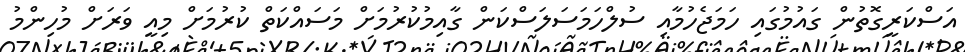
އަސްކަރީގޮތުން ގައުމުގައި ހަމަޖެހުމާއި ސުލްހަމަސަލަސްކަން ގާއިމުކުރުމަށް މަސައްކަތް ކުރުމަށް މިއީ ވަރަށް މުހިންމު